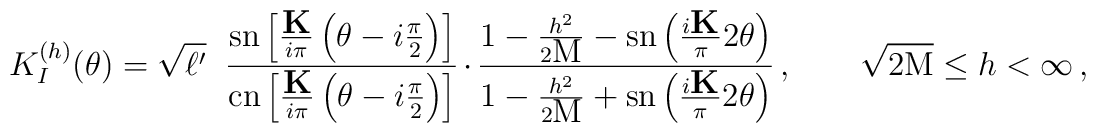
K_{I}^{(h)}(\theta)=\sqrt{\ell'}\;\;\frac{\textrm{sn} \left[\frac{\textbf{K}}{i\pi}\left(\theta-i\frac{\pi}{2}\right)\right]}{\textrm{cn}\left[\frac{\textbf{K}}{i\pi}\left(\theta-i\frac{\pi}{2}\right)\right]}\cdot\frac{1-\frac{h^{2}}{2\textrm{M}}-\textrm{sn}\left(\frac{i\textbf{K}}{\pi}2\theta\right)} {1-\frac{h^{2}}{2\textrm{M}}+\textrm{sn}\left(\frac{i\textbf{K}}{\pi}2 \theta\right)}\,,\qquad \sqrt{2\textrm{M}}\leq h<\infty \,,